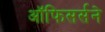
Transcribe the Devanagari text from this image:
ऑफिसर्सने